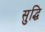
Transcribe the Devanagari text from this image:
सुद्धि